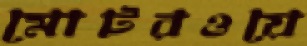
মোটরওয়ে